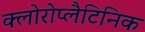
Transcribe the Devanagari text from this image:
क्लोरोप्लैटिनिक